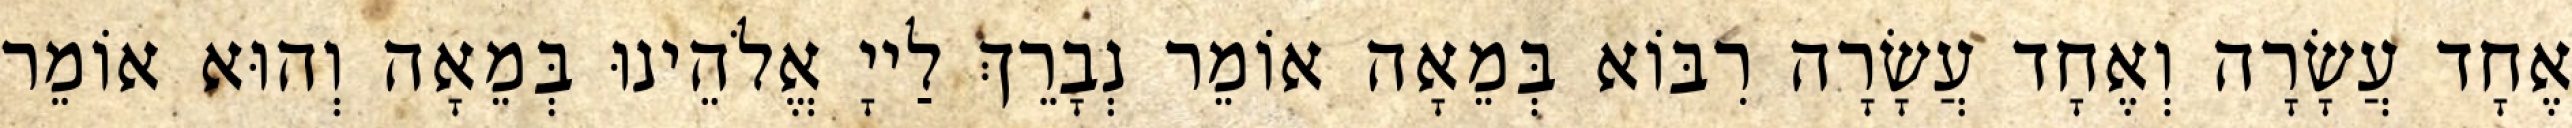
אֶחָד עֲשָׂרָה וְאֶחָד עֲשָׂרָה רִבּוֹא בְּמֵאָה אוֹמֵר נְבָרֵךְ לַייָ אֱלֹהֵינוּ בְּמֵאָה וְהוּא אוֹמֵר